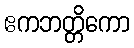
ဧကဘတ္တိကော